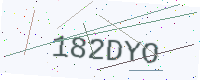
Text: 182DYO